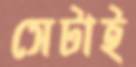
সেটাই